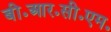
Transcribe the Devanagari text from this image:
बी॰आर॰सी॰एम॰